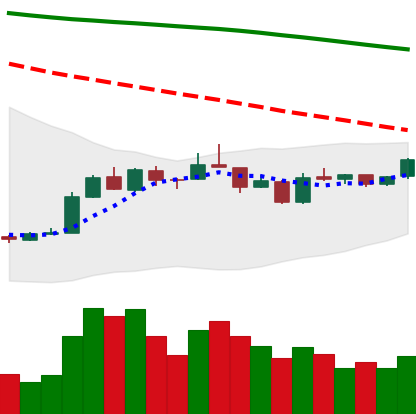
Ticker: EOS-USD
Chart end date: 2019-01-02
Forward return: -4.137%
Label: down_3_5